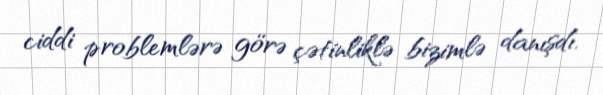
ciddi problemlərə görə çətinliklə bizimlə danışdı.